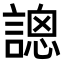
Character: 𧪳